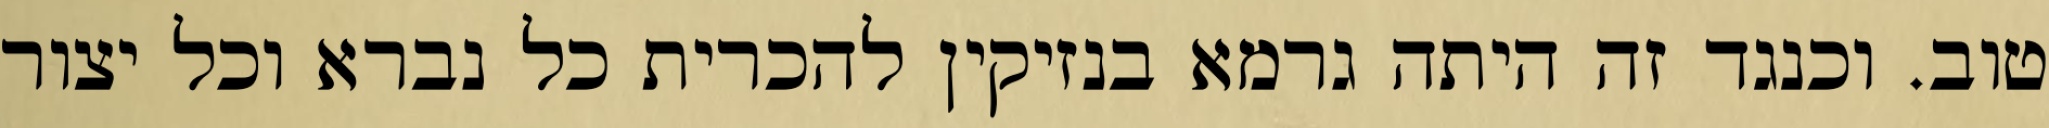
טוב. וכנגד זה היתה גרמא בנזיקין להכרית כל נברא וכל יצור